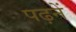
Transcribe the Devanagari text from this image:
पढ़नें